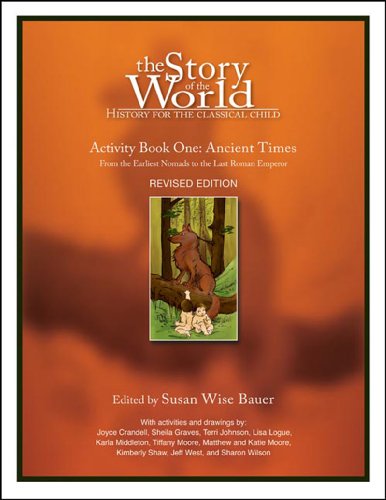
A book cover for The Story of the World, Activity Book 1: Ancient Times - From the Earliest Nomad to the Last Roman Emperor; Education & Teaching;